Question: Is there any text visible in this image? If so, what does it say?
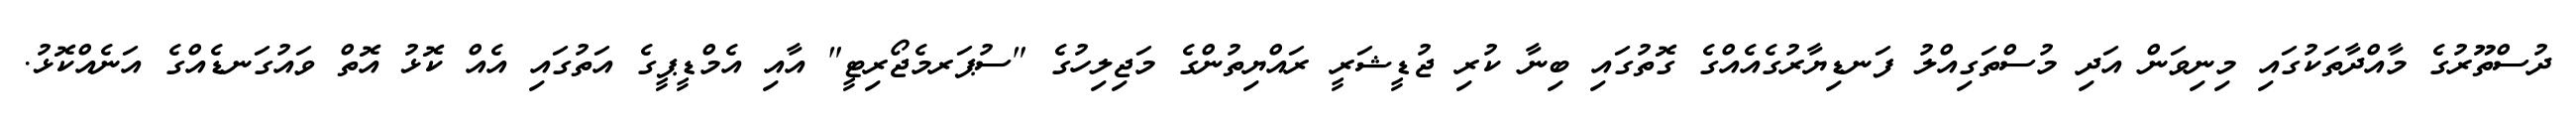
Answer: ދުސްތޫރުގެ މާއްދާތަކުގައި މިނިވަން އަދި މުސްތަގިއްލު ފަނޑިޔާރުގެއެއްގެ ގޮތުގައި ބިނާ ކުރި ޖުޑީޝަރީ ރައްޔިތުންގެ މަޖިލިހުގެ "ސުޕަރމެޖޯރިޓީ" އާއި އެމްޑީޕީގެ އަތުގައި އެއް ކޮޅު އޮތް ވައުގަނޑެއްގެ އަނެއްކޮޅު.